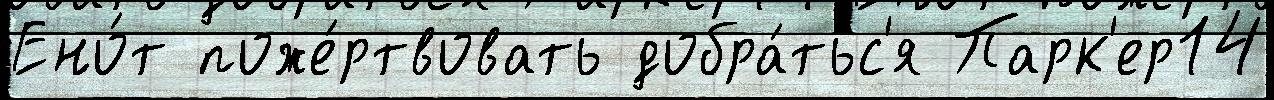
Ено́т поже́ртвовать добра́тьс'я Парк'ер14